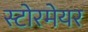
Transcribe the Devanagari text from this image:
स्टोरमेयर